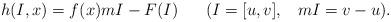
LaTeX: \begin{align*}h(I,x) = f(x)mI - F(I) \;\;\;\;\;\;(I=[u,v],\;\;\;mI=v-u).\end{align*}